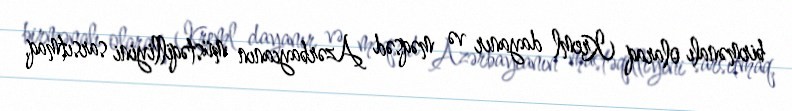
birmənalı olaraq Kreml dayanır və məqsəd Azərbaycanın müstəqilliyini sarsıtmaq,